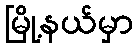
မြို့နယ်မှာ